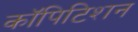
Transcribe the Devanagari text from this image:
कॉपिटिशन